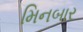
મિનબાર